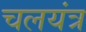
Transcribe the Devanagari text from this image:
चलयंत्र